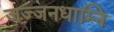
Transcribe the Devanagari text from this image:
जज्जनधाम्नि